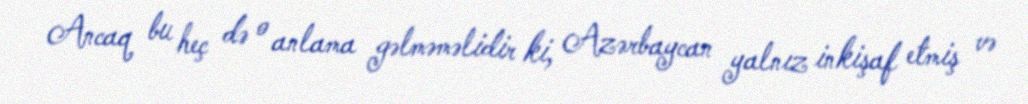
Ancaq bu heç də o anlama gəlməməlidir ki, Azərbaycan yalnız inkişaf etmiş və